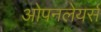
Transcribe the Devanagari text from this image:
ओपनलेयर्स